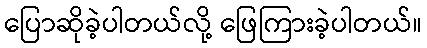
ပြောဆိုခဲ့ပါတယ်လို့ ဖြေကြားခဲ့ပါတယ်။